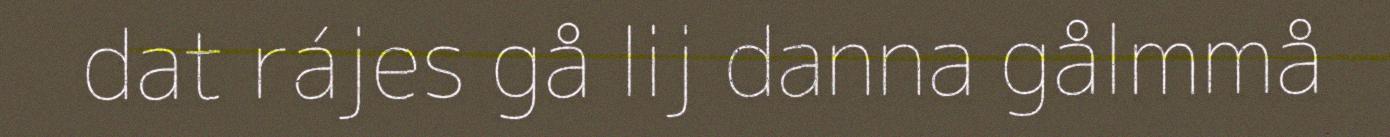
dat rájes gå lij danna gålmmå